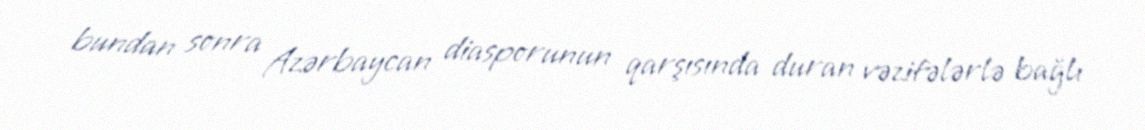
bundan sonra Azərbaycan diasporunun qarşısında duran vəzifələrlə bağlı